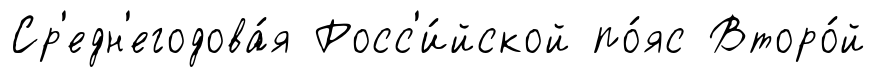
Ср'едн'егодова́я Росс'и́йской по́яс Второ́й